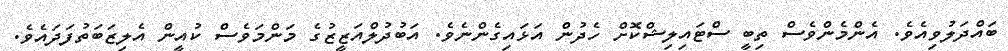
ބައްދަލުވިއެވެ. އެންމެންވެސް ތިބީ ސްޓައިލިޝްކޮށް ހެދުން އަޅައިގެންނެވެ. އަބުދުލްއަޒީޒުގެ މަންމަވެސް ކުއީން އެލިޒަބަތުފަދައެވެ.